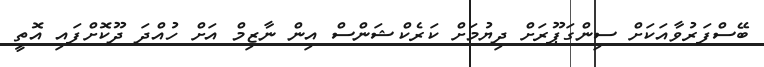
ބޭސްފަރުވާއަކަށް ސިންގަޕޫރަށް ދިޔުމަށް ކަރެކްޝަންސް އިން ނާޒިމް އަށް ހުއްދަ ދޫކޮށްފައި އޮތީ